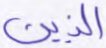
الذين